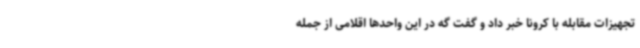
تجهیزات مقابله با کرونا خبر داد و گفت گه در این واحدها اقلامی از جمله